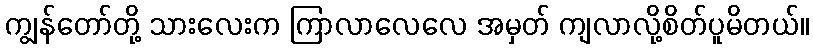
ကျွန်တော်တို့ သားလေးက ကြာလာလေလေ အမှတ် ကျလာလို့စိတ်ပူမိတယ်။